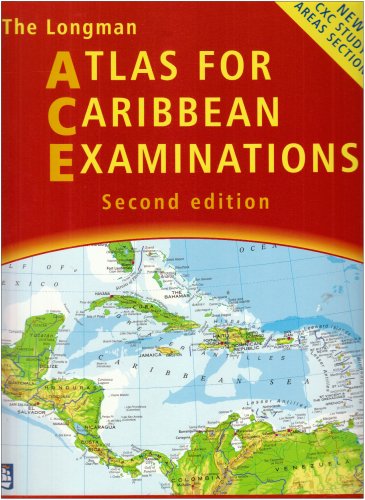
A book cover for The Longman Atlas for Caribbean Examinations (Choices); Travel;